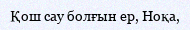
Қош сау болғын ер, Ноқа,